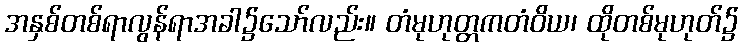
အနှစ်တစ်ရာလွန်ရာအခါ၌သော်လည်း။ တံမုဟုတ္တကတံဝိယ၊ ထိုတစ်မုဟုတ်၌